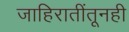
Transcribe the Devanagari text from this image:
जाहिरातींतूनही